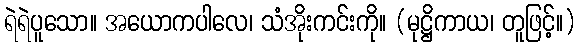
ရဲရဲပူသော။ အယောကပါလေ၊ သံအိုးကင်းကို။ (မုဋ္ဌိကာယ၊ တူဖြင့်။)